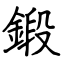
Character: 鍛